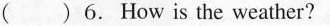
（） 6. How is the weather?